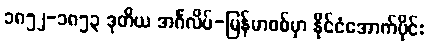
၁၈၅၂-၁၈၅၃ ဒုတိယ အင်္ဂလိပ်-မြန်မာစစ်မှာ နိုင်ငံအောက်ပိုင်း